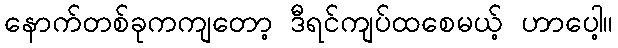
နောက်တစ်ခုကကျတော့ ဒီရင်ကျပ်ထစေမယ့် ဟာပေါ့။